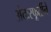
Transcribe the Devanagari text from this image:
अंतःस्फूर्तीने